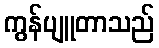
ကွန်ပျူတာသည်